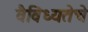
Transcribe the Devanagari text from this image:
वैविध्यतेचे